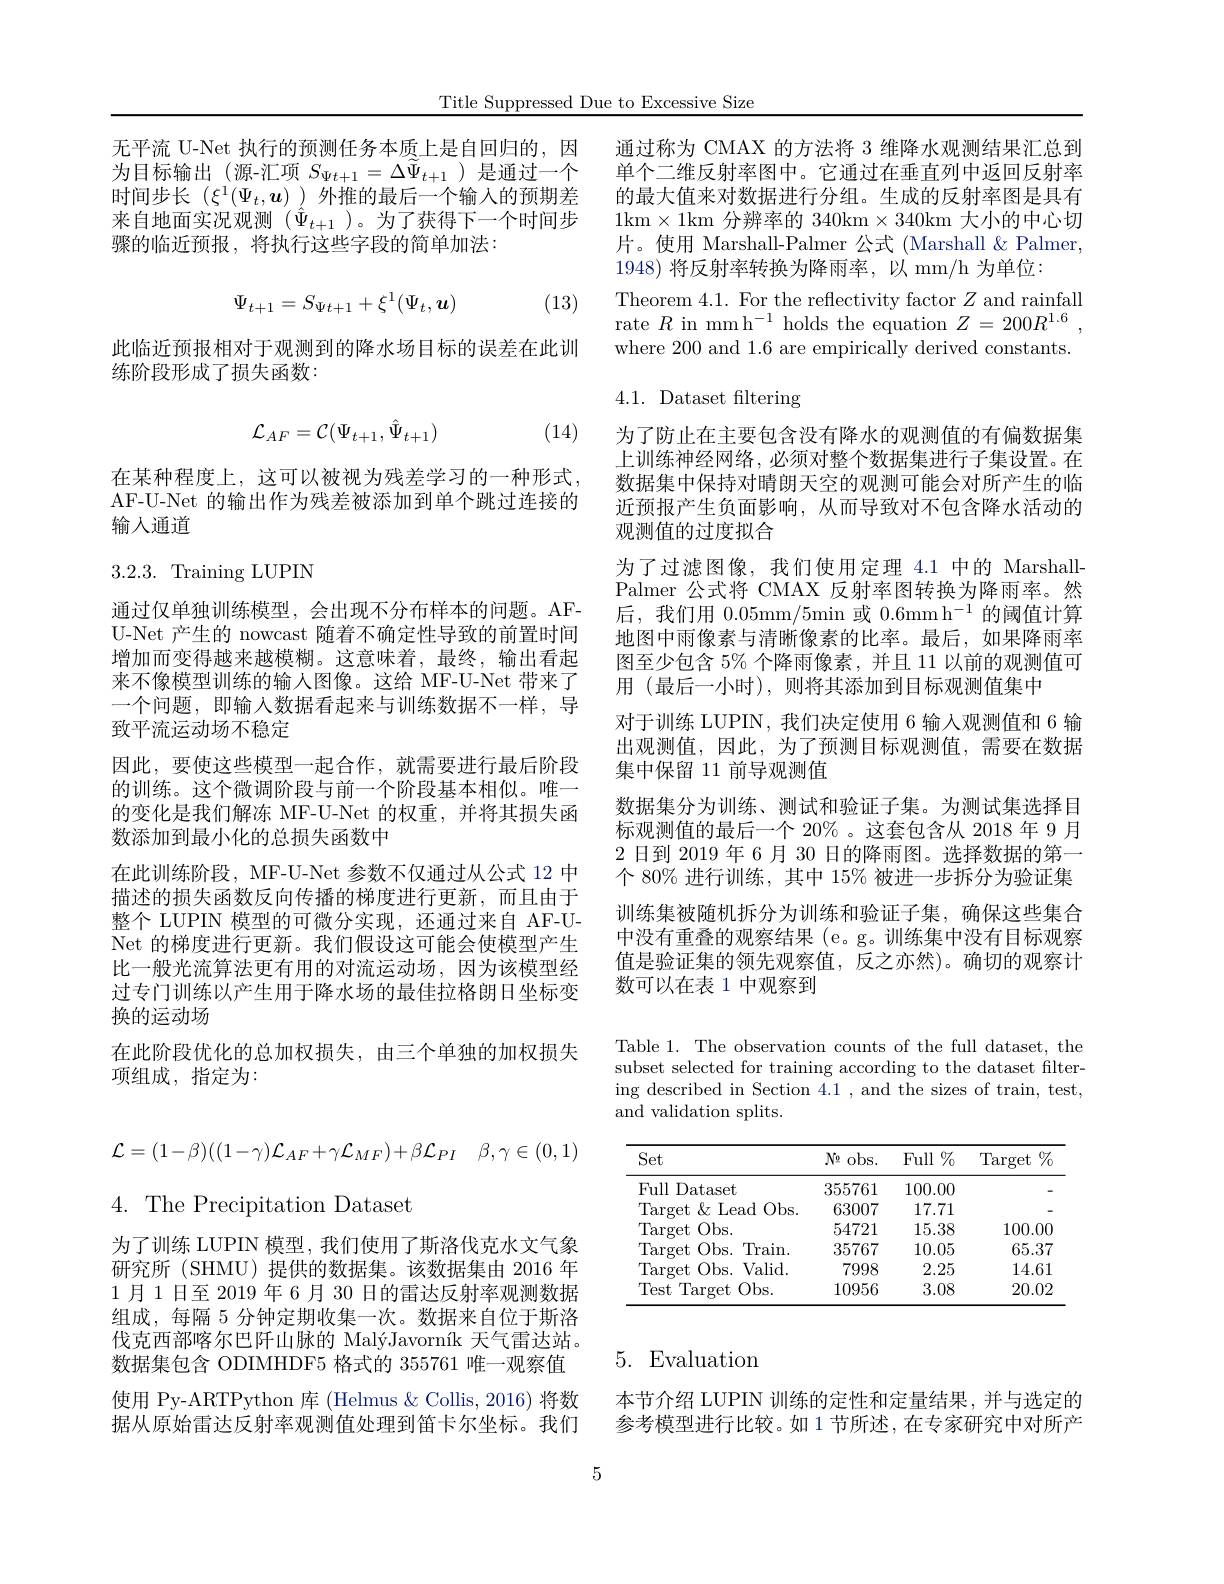
Title Suppressed Due to Excessive Size

无平流 U-Net 执行的预测任务本质上是自回归的，因为目标输出(源-汇项$S_\Psi t+1=\Delta\tilde{\Psi}_{t+1}$)是通过一个时间步长$(\xi^1(\Psi_t,\boldsymbol{u}))$外推的最后一个输入的预期差来自地面实况观测($\hat{\Psi}_{t+1}$)。为了获得下一个时间步骤的临近预报，将执行这些字段的简单加法：
$$\Psi_{t+1}=S_{\Psi t+1}+\xi^1(\Psi_t,\boldsymbol{u})$$
(13)

此临近预报相对于观测到的降水场目标的误差在此训
练阶段形成了损失函数：
$$\mathcal{L}_{AF}=\mathcal{C}(\Psi_{t+1},\hat{\Psi}_{t+1})$$
(14)

在某种程度上，这可以被视为残差学习的一种形式， AF-U-Net 的输出作为残差被添加到单个跳过连接的输人通道

3.2.3. Training LUPIN

通过仅单独训练模型，会出现不分布样本的问题。AFU-Net 产生的 nowcast 随着不确定性导致的前置时间增加而变得越来越模糊。这意味着，最终，输出看起来不像模型训练的输人图像。这给 MF-U-Net 带来了一个问题，即输入数据看起来与训练数据不一样，导致平流运动场不稳定
因此，要使这些模型一起合作，就需要进行最后阶段的训练。这个微调阶段与前一个阶段基本相似。唯一的变化是我们解冻 MF-U-Net 的权重，并将其损失函数添加到最小化的总损失函数中
在此训练阶段，MF-U-Net 参数不仅通过从公式 12 中描述的损失函数反向传播的梯度进行更新，而且由于整个 LUPIN 模型的可微分实现，还通过来自 AF-UNet 的梯度进行更新。我们假设这可能会使模型产生比一般光流算法更有用的对流运动场，因为该模型经过专门训练以产生用于降水场的最佳拉格朗日坐标变换的运动场
在此阶段优化的总加权损失，由三个单独的加权损失
项组成，指定为：
$$\mathcal{L}=(1-\beta)((1-\gamma)\mathcal{L}_{AF}+\gamma\mathcal{L}_{MF})+\beta\mathcal{L}_{PI}\quad\beta,\gamma\in(0,1)$$
4. The Precipitation Dataset

为了训练 LUPIN 模型，我们使用了斯洛伐克水文气象研究所 (SHMU)提供的数据集。该数据集由 2016 年1月1日至2019年6月30日的雷达反射率观测数据组成，每隔 5 分钟定期收集一次。数据来自位于斯洛伐克西部喀尔巴阡山脉的 MalýJavorník 天气雷达站。数据集包含 ODIMHDF5 格式的 355761 唯一观察值使用 Py-ARTPython 库 (Helmus & Collis, 2016) 将数据从原始雷达反射率观测值处理到笛卡尔坐标。我们

通过称为 CMAX 的方法将 3 维降水观测结果汇总到单个二维反射率图中。它通过在垂直列中返回反射率的最大值来对数据进行分组。生成的反射率图是具有1km$\times1$km 分辨率的 340km$\times340$km 大小的中心切片。使用 Marshall-Palmer 公式 (Marshall & Palmer, 1948)将反射率转换为降雨率，以 mm/h 为单位：
Theorem 4.1. For the reflectivity factor $Z$ and rainfall rate $R\text{ in mmh}^{-1}$ holds the equation $Z=200R^1.6$, where 200 and 1.6 are empirically derived constants.

4.1. Dataset filtering

为了防止在主要包含没有降水的观测值的有偏数据集上训练神经网络，必须对整个数据集进行子集设置。在数据集中保持对晴朗天空的观测可能会对所产生的临近预报产生负面影响，从而导致对不包含降水活动的观测值的过度拟合
为了过滤图像，我们使用定理 4.1 中的 MarshallPalmer 公式将 CMAX 反射率图转换为降雨率。然后，我们用0.05mm/5min 或0.6mm h$^-1$的阈值计算地图中雨像素与清晰像素的比率。最后，如果降雨率图至少包含 5% 个降雨像素，并且 11 以前的观测值可用(最后一小时),则将其添加到目标观测值集中
对于训练 LUPIN, 我们决定使用 6 输入观测值和 6 输出观测值，因此，为了预测目标观测值，需要在数据集中保留 11 前导观测值
数据集分为训练、测试和验证子集。为测试集选择目标观测值的最后一个 20% 。这套包含从 2018 年 9 月2 日到 2019 年 6 月 30 日的降雨图。选择数据的第一个 80% 进行训练，其中 15% 被进一步拆分为验证集训练集被随机拆分为训练和验证子集，确保这些集合中没有重叠的观察结果 (e。g。训练集中没有目标观察值是验证集的领先观察值，反之亦然)。确切的观察计数可以在表 1 中观察到

Table 1. The observation counts of the full dataset, the subset selected for training according to the dataset filtering described in Section 4.1 , and the sizes of train, test, and validation splits.

<table>
	<tbody>
		<tr>
			<th>Set</th>
			<th>$N_{2}$ ( $obs.$ 1 </th>
			<th>$FullV_0$</th>
			<th>Target $\%$</th>
		</tr>
		<tr>
			<td>Full Dataset</td>
			<td>355761</td>
			<td>100.00</td>
			<td> </td>
		</tr>
		<tr>
			<td>$10bs.$ $\mathop{\mathrm{Target}}\&\mathop{\mathrm{Lead}}$</td>
			<td>63007</td>
			<td>17.71</td>
			<td> </td>
		</tr>
		<tr>
			<td>$\operatorname{Target}$ $Obs.$</td>
			<td>54721</td>
			<td>15.38</td>
			<td>100.00</td>
		</tr>
		<tr>
			<td>$\operatorname{Target}$ Obs. Train. </td>
			<td>35767</td>
			<td>10.05</td>
			<td>65.37</td>
		</tr>
		<tr>
			<td>$\operatorname{Target}$ Obs. Valid.</td>
			<td>7998</td>
			<td>2.25</td>
			<td>14.61</td>
		</tr>
		<tr>
			<td>Test $\operatorname{Target}$ $Obs.$</td>
			<td>10956</td>
			<td>3.08</td>
			<td>20.02</td>
		</tr>
	</tbody>
</table>

# 5.Evaluation

本节介绍 LUPIN 训练的定性和定量结果，并与选定的参考模型进行比较。如 1 节所述，在专家研究中对所产

5